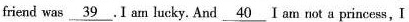
friend was \underline{39}. I am lucky. And \underline{40} I am not a princess, I